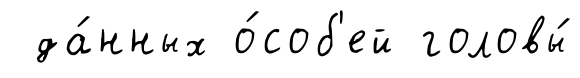
да́нных о́соб'ей головы́